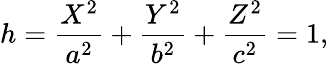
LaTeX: h={\frac{X^{2}}{a^{2}}}+{\frac{Y^{2}}{b^{2}}}+{\frac{Z^{2}}{c^{2}}}=1,